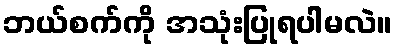
ဘယ်စက်ကို အသုံးပြုရပါမလဲ။